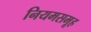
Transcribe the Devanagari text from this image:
नियमसमूह